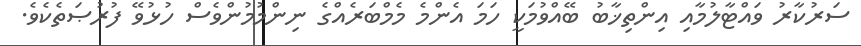
ސަރުކާރު ވައްޓާލުމާއި އިންތިޚާބު ބޭއްވުމަކީ ހަމަ އެންމެ މެމްބަރެއްގެ ނިންމުމުންވެސް ހުޅުވޭ ފުރުޞަތެކެވެ.